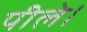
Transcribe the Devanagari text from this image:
पीले।